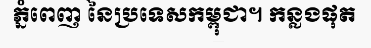
ភ្នំពេញ នៃប្រទេសកម្ពុជា។ កន្លងផុត